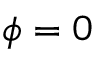
\phi = 0